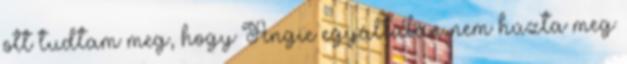
ott tudtam meg, hogy Angie egyáltalán nem húzta meg